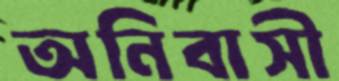
অনিবাসী